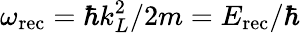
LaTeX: \omega_{\mathrm{rec}}=\hbar k_{L}^{2}/2m=E_{\mathrm{rec}}/\hbar